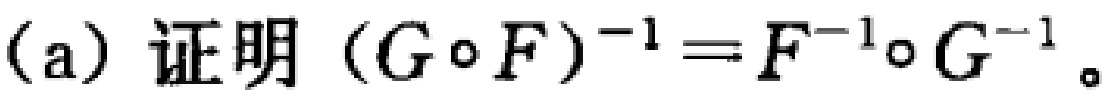
(a) 证明 $(G\circ F)^{-1}=F^{-1}\circ G^{-1}$。